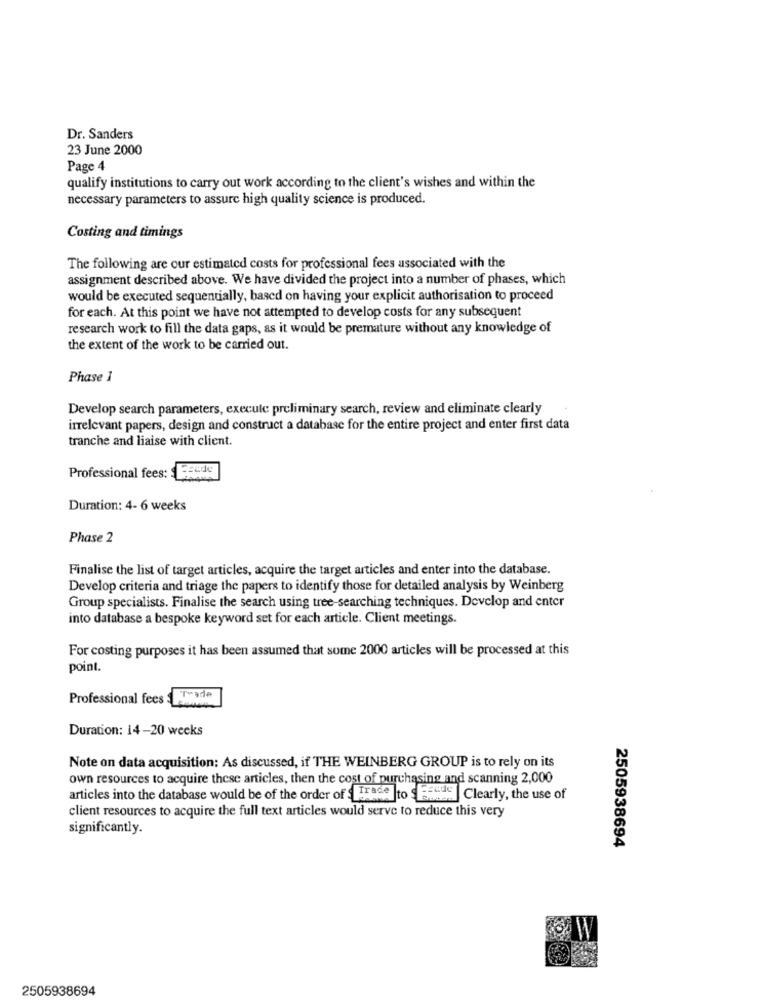
Dr. Sanders
23 June 2000
Page 4
qualify institutions to carry out work according to the client's wishes and within the
necessary parameters to assure high quality science is produced.
Costing and timings
The following are our estimated costs for professional fees associated with the
assignment described above. We have divided the project into a number of phases, which
would be executed sequentially, based on having your explicit authorisation to proceed
for each. At this point we have not attempted to develop costs for any subsequent
research work to fill the data gaps, as it would be premature without any knowledge of
the extent of the work to be carried out.
Phase I
Develop search parameters, execute preliminary search, review and eliminate clearly
irrelevant papers, design and construct a database for the entire project and enter first data
tranche and liaise with client.
Professional fees:
Duration: 4- 6 weeks
Phase 2
Finalise the list of target articles, acquire the target articles and enter into the database.
Develop criteria and triage the papers to identify those for detailed analysis by Weinberg
Group specialists. Finalise the search using tree-searching techniques. Develop and enter
into database a bespoke keyword set for each article. Client meetings.
For costing purposes it has been assumed that some 2000 articles will be processed at this
point.
Professional fees Trade
Duration: 14-20 weeks
Note on data acquisition: As discussed, if THE WEINBERG GROUP is to rely on its
own resources to acquire these articles, then the cost of purchasing and scanning 2,000
articles into the database would be of the order of Trade |to Ffide | Clearly, the use of
client resources to acquire the full text articles would serve to reduce this very
significantly.
2505938694
2505938694